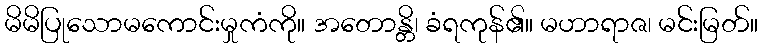
မိမိပြုသောမကောင်းမှုကံကို။ အတောန္တိ၊ ခံရကုန်၏။ မဟာရာဇ၊ မင်းမြတ်။